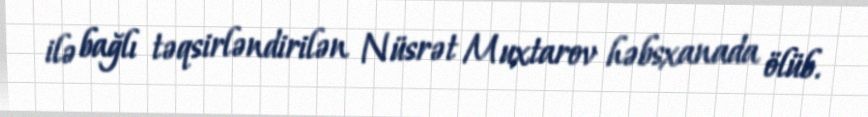
ilə bağlı təqsirləndirilən Nüsrət Muxtarov həbsxanada ölüb.